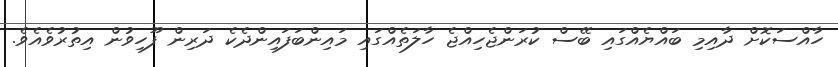
ހާއްސަކޮށް ދާއިމި ބައްޔެއްގައި ބޭސް ކުރަންޖެހިއްޖެ ހާލަތެއްގައި މައިންބަފައިންދެކެ ދަރިން ފޫހިވުން އިތުރުވެއެވެ.